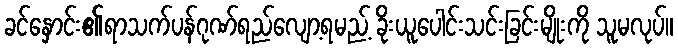
ခင်နှောင်း၏ရာသက်ပန်ဂုဏ်ရည်လျော့ရမည့် ခိုးယူပေါင်းသင်းခြင်းမျိုးကို သူမလုပ်။